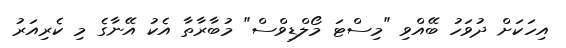
އިހަކަށް ދުވަހު ބޭއްވި "މިސްޓަ މޯލްޑިވްސް" މުބާރާތާ އެކު އޭނާގެ މި ކެރިއަރު